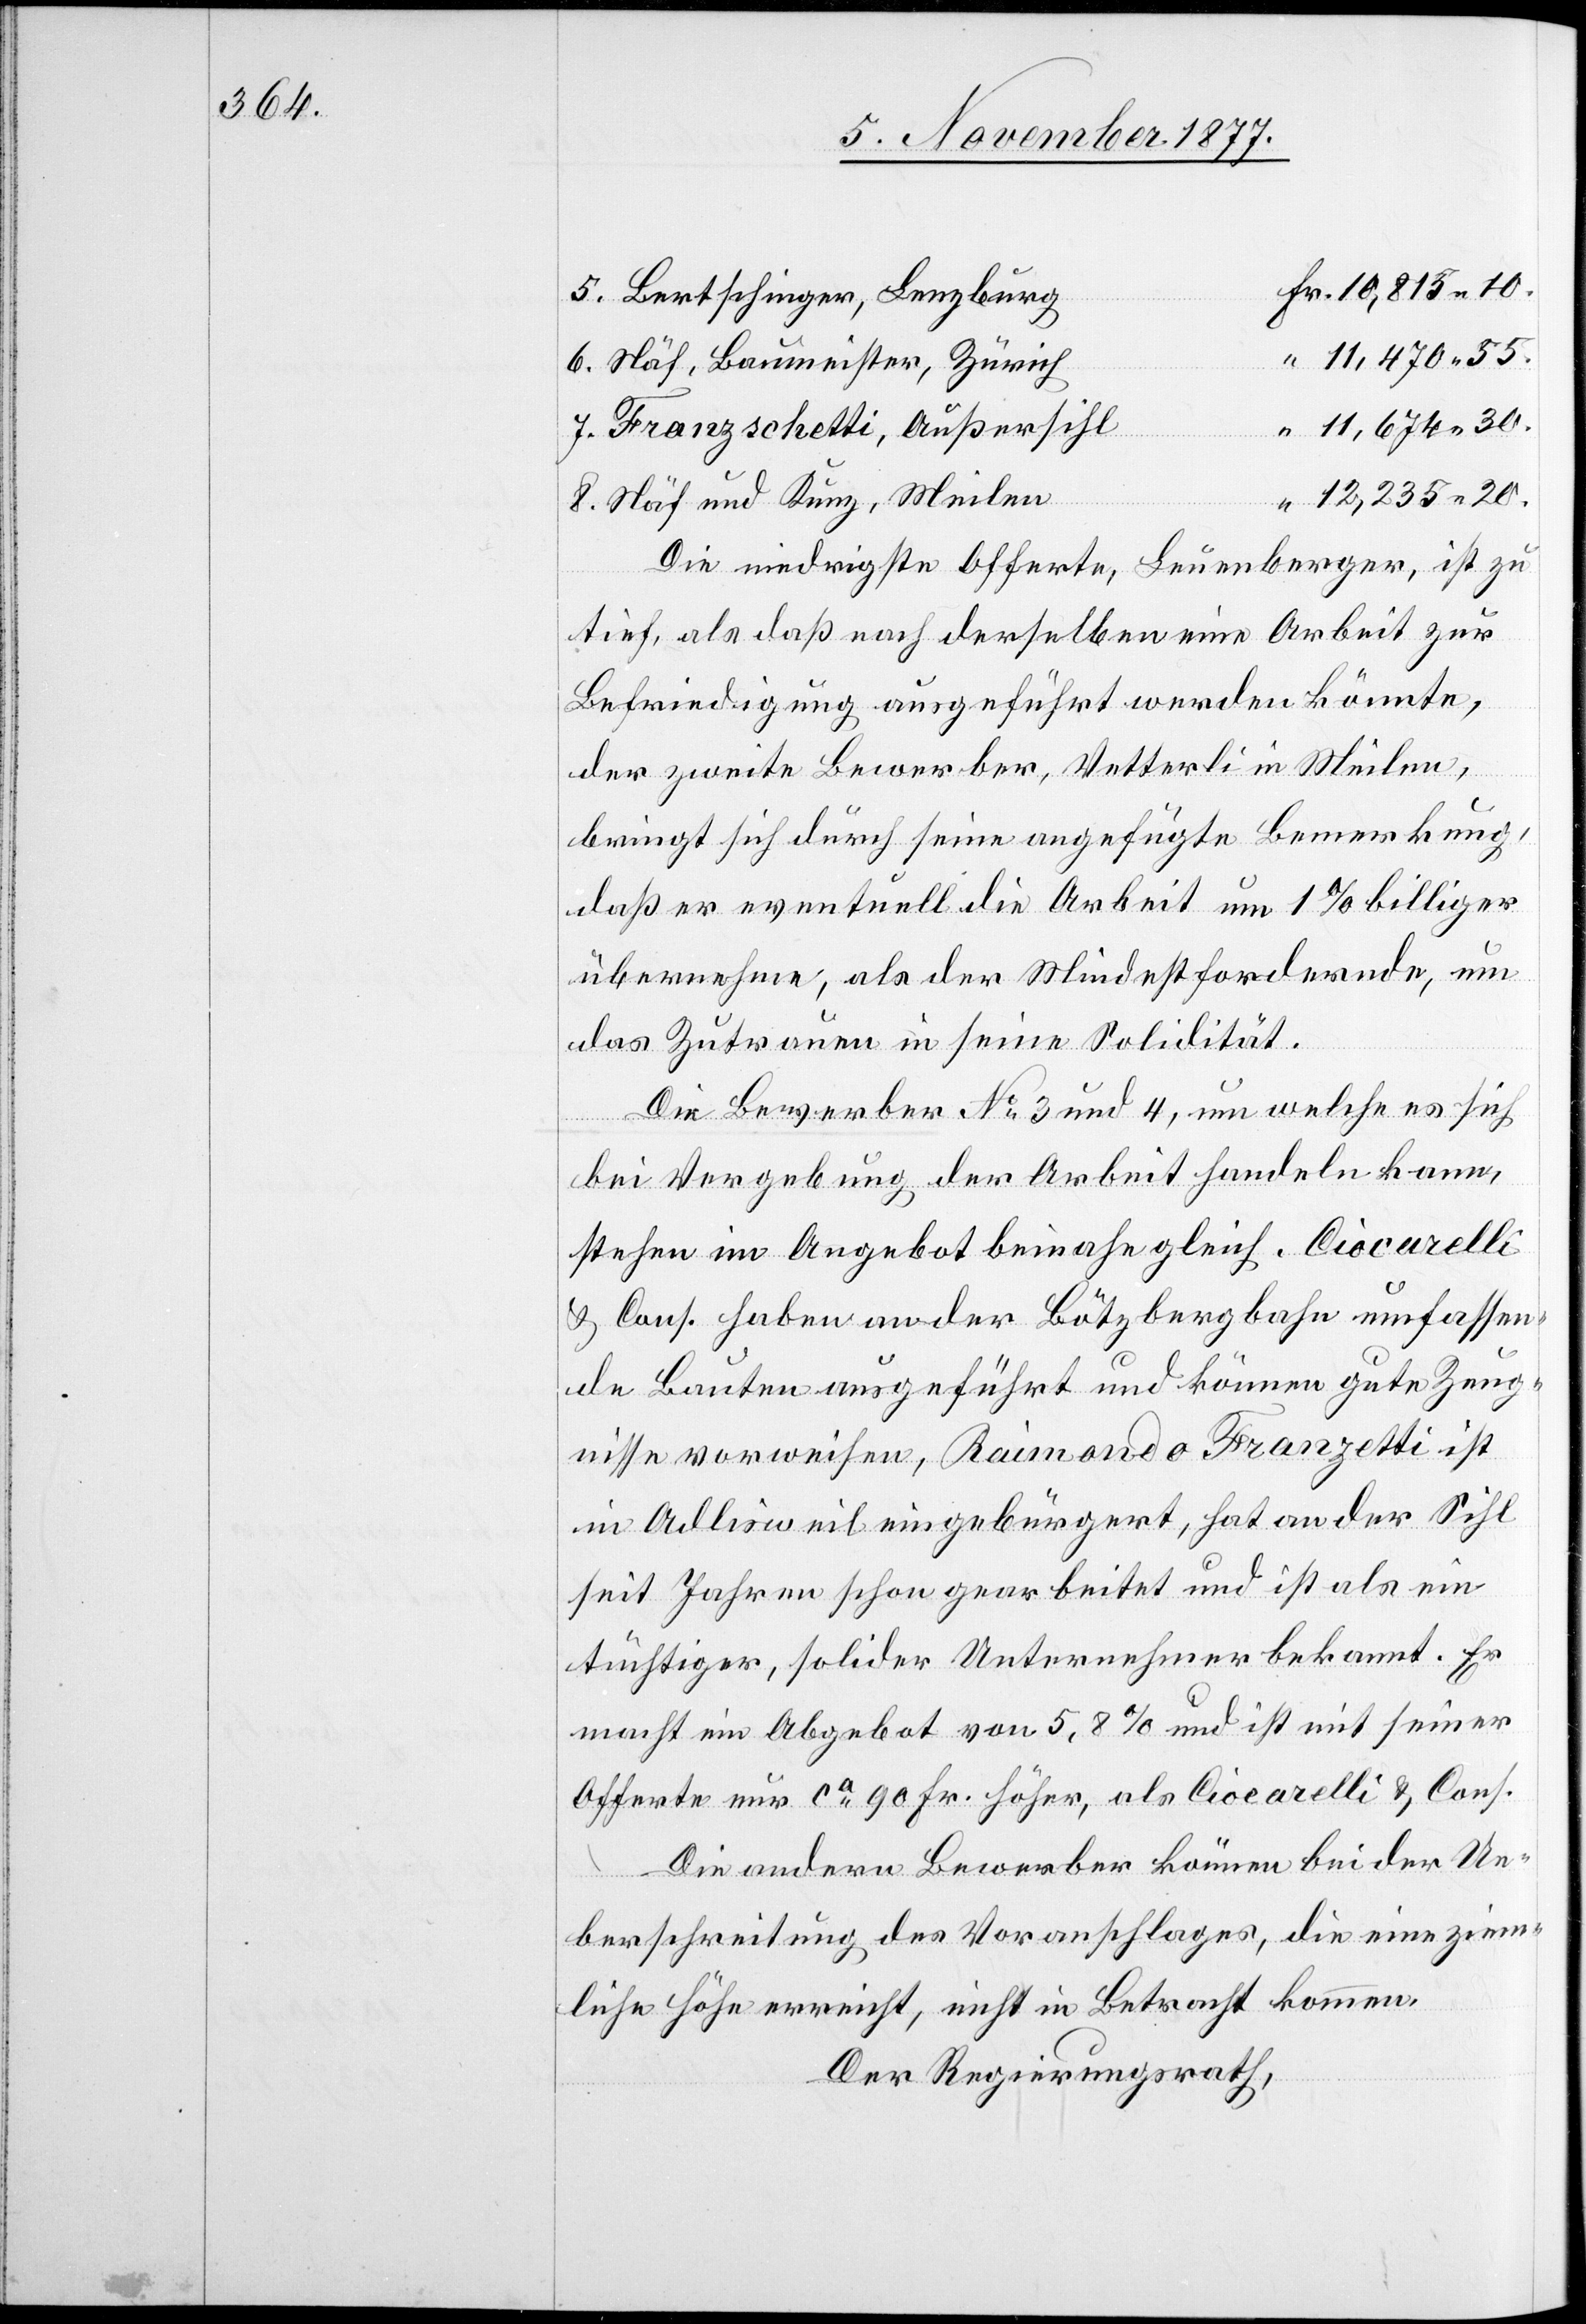
Fr. 10,815 10.
Bertschinger, Lenzburg
“ 11,470 55.
Näf, Baumeister, Zürich
“ 11,674 30.
Franzschetti, Außersihl
“ 12,235 20.
sei¬
Näf und Kunz, Meilen
Die niedrigste Offerte, Leuenberger, ist zu
tief, als daß nach derselben eine Arbeit zur
Befriedigung ausgeführt werden könnte,
der zweite Bewerber, Vetterli in Meilen,
bringt sich durch seine angefügte Bemerkung,
daß er eventuell die Arbeit um 1% billiger
übernehme, als der Mindestfordernde, um
das Zutrauen in seine Solidität.
Die Bewerber No 3 und 4, um welche es sich
bei Vergebung der Arbeit handeln kann,
stehen im Angebot beinahe gleich. Ciocarelli
& Cons. haben an der Bötzbergbahn umfassen¬
de Bauten ausgeführt und können gute Zeug¬
nisse vorweisen. Raimondo Franzetti ist
in Adlisweil eingebürgert, hat an der Sihl
seit Jahren schon gearbeitet und ist als ein
tüchtiger, solider Unternehmer bekannt. Er
Offerte nur ca 90 Fr. höher, als Ciocarelli & Cons.
Die andern Bewerber können bei der Ue¬
berschreitung des Voranschlages, die eine ziem¬
liche Höhe erreicht, nicht in Betracht kommen.
Der Regierungsrath,

ner